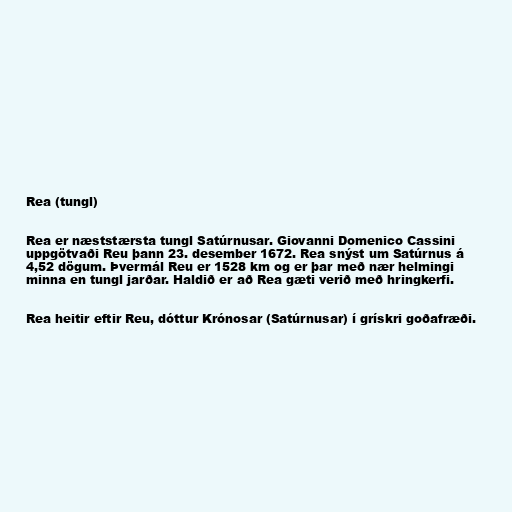
Rea (tungl)

Rea er næststærsta tungl Satúrnusar. Giovanni Domenico Cassini
uppgötvaði Reu þann 23. desember 1672. Rea snýst um Satúrnus á
4,52 dögum. Þvermál Reu er 1528 km og er þar með nær helmingi
minna en tungl jarðar. Haldið er að Rea gæti verið með hringkerfi.

Rea heitir eftir Reu, dóttur Krónosar (Satúrnusar) í grískri goðafræði.